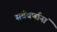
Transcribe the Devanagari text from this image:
सर्ववर्णानां